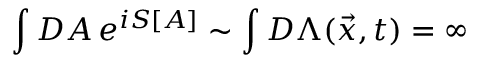
\int { \cal D } A \, e ^ { i S [ A ] } \sim \int { \cal D } \Lambda ( \vec { x } , t ) = \infty